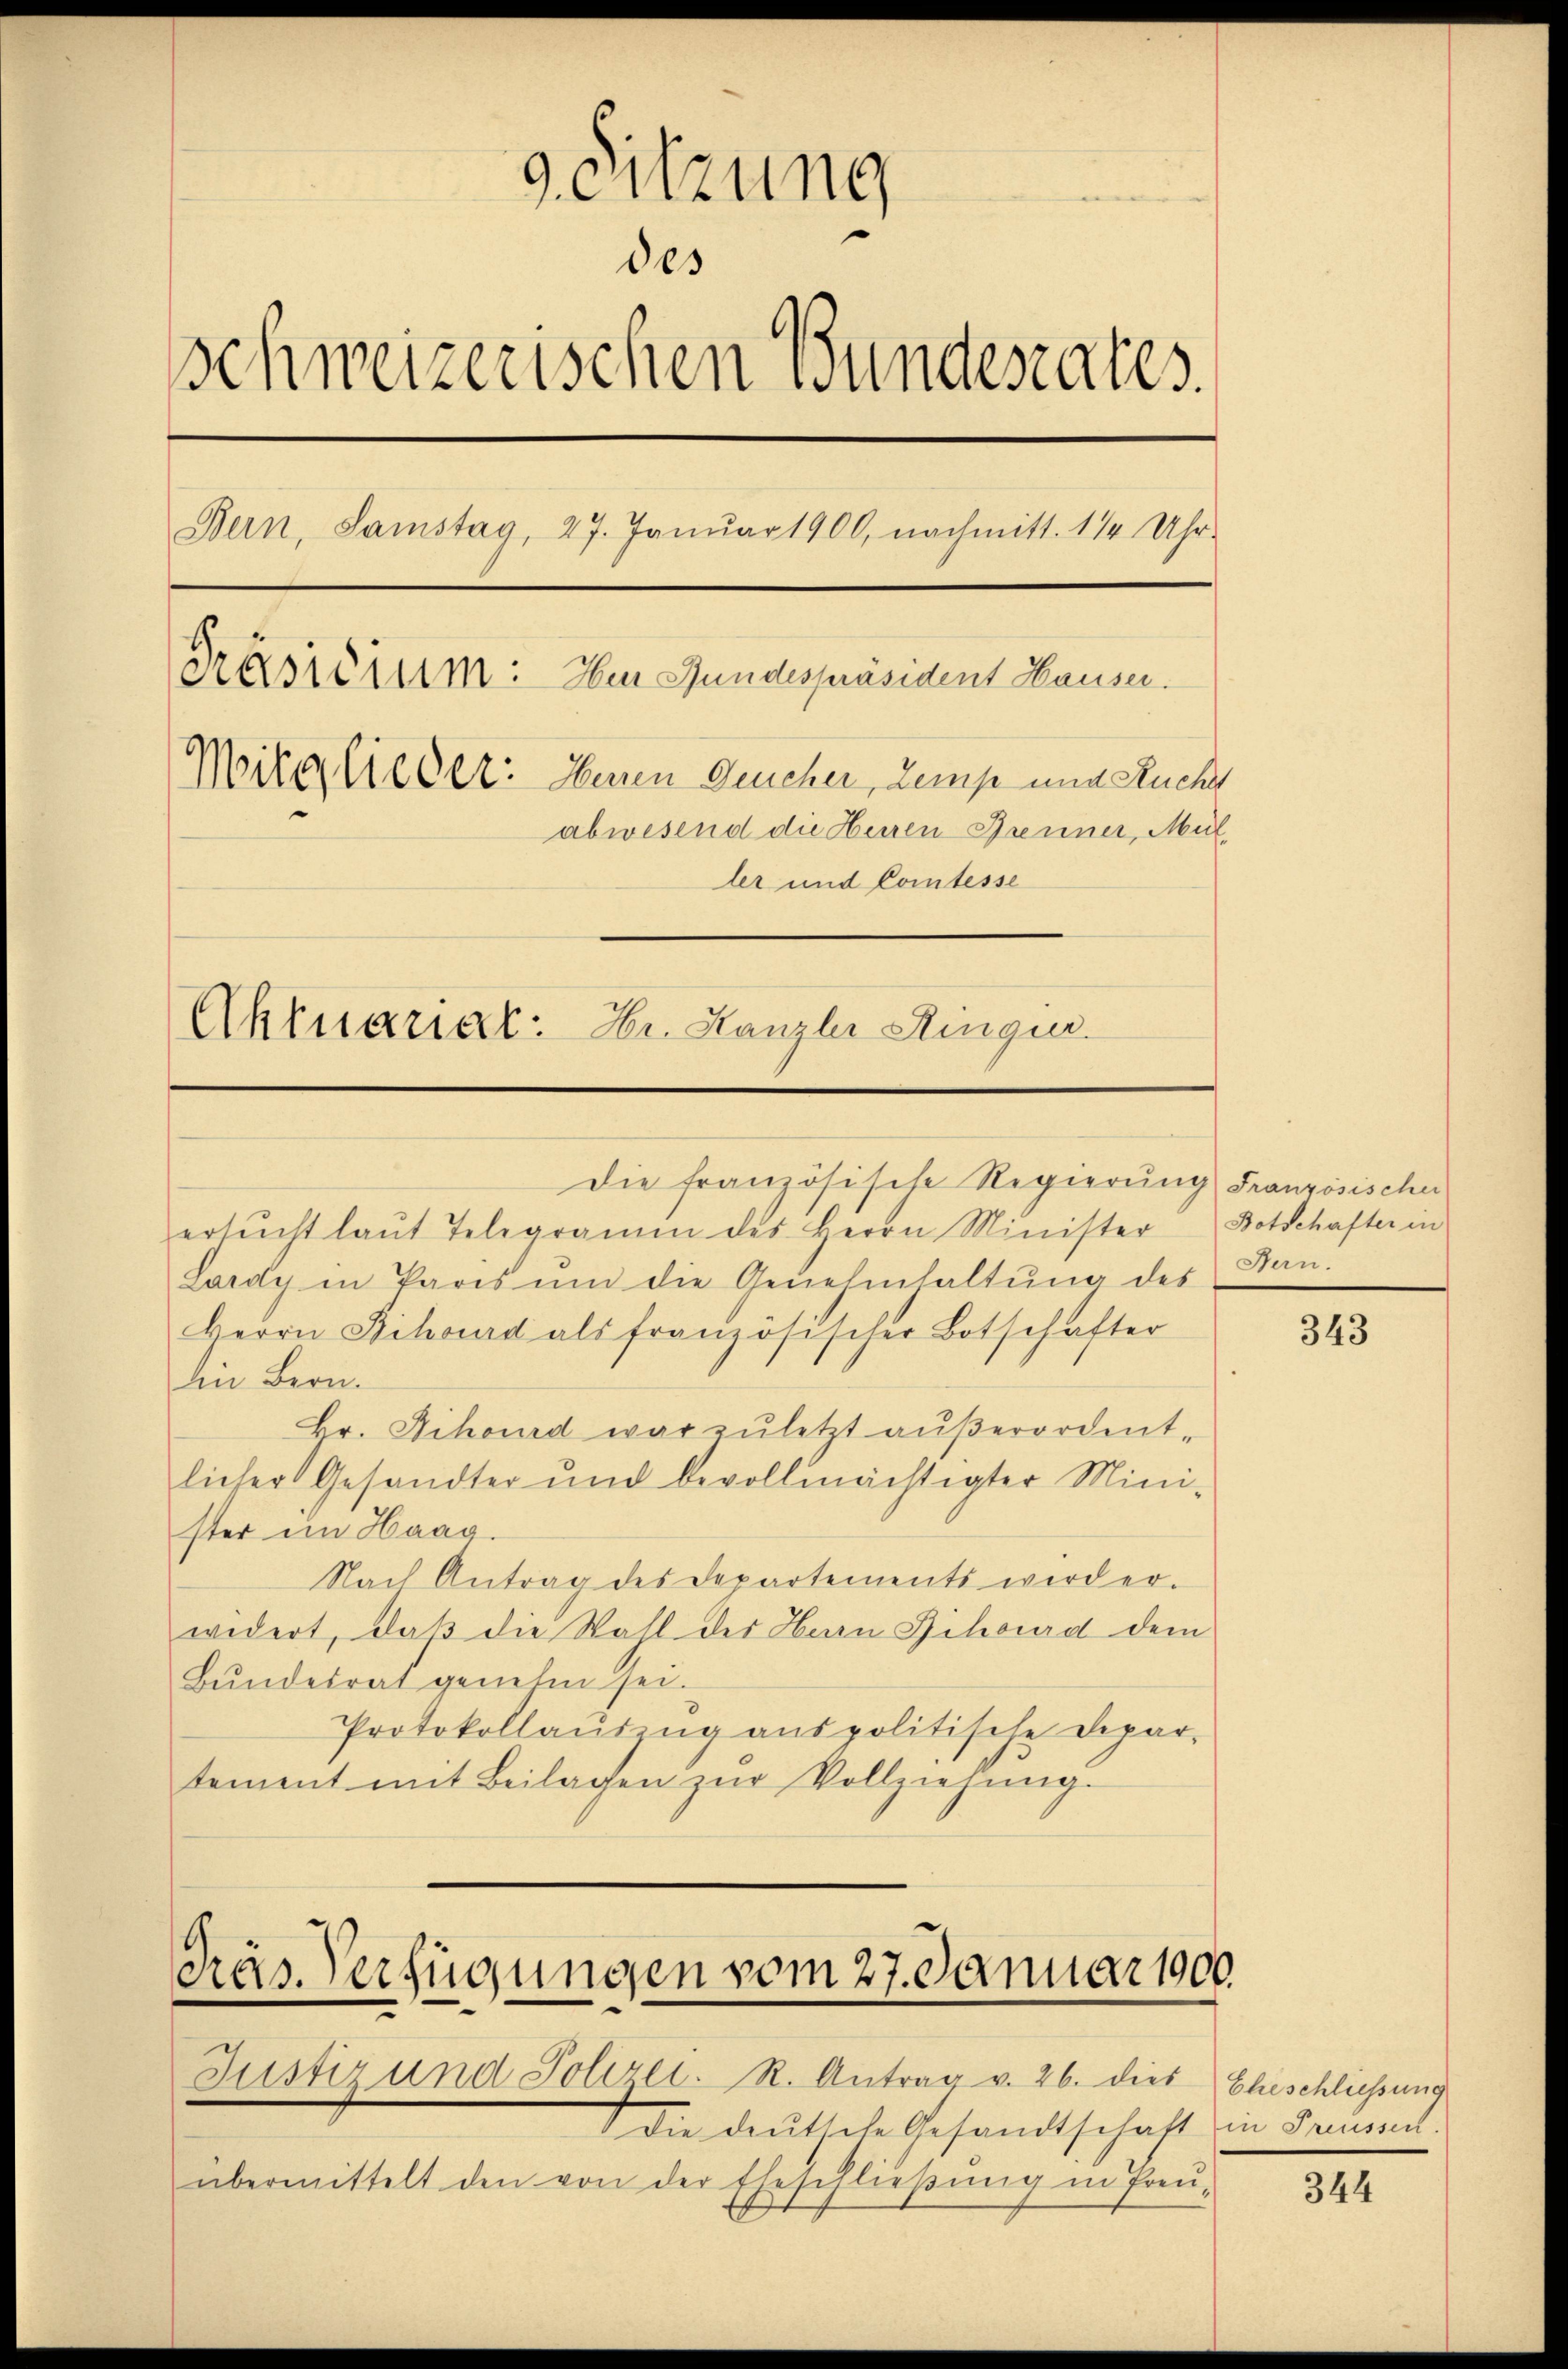
9. Sitzung
des
schweizerischen Bunderates.
Bern, Samstag, 27. Januar 1900, nachmitt. 11 Uhr-
Pressierum: Im Hundespräsident Hauser.
Mitglieder: Herren Gescher, Zemp und Ruche
abwesend die Herren Brenner, Müller und Comtesse
Aktuariat: Hr. Hanzlei Ringur.

ersŭcht laŭt Telegramm des Herrn Minister Botschafter in
Lardy in Paris ŭm die Genehmhaltŭng des Kan-
Herrn Schoud als französischer Botschafter
Ein Bern.
Hr. Hihourd war zuletzt außerordentlicher Gesandter und bevollmächtigter Mini-
ster im Haag.
Nach Antrag des Departements wird er-
widert, daß die Wahl des Herrn Bihourd dem
Bŭndesrat genehm sei.
Protokollaŭszŭg anspolitische Depar-
tement mit Beilagen zur Vollziehung.

Die französische Regierŭng Französischer

Präs. Verfügungen vom 27. Januar 1900.
Justiz und Polizei. R. Antrag v. 26. dies Eheschliessung

übermittelt den von der Eheschlieβŭng in Preŭ-

die deutsche Gesandtschaft in Preusset

343

344